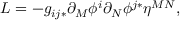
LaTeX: { \cal L } = - g _ { i j * } \partial _ { M } \phi ^ { i } \partial _ { N } \phi ^ { j * } \eta ^ { M N } ,